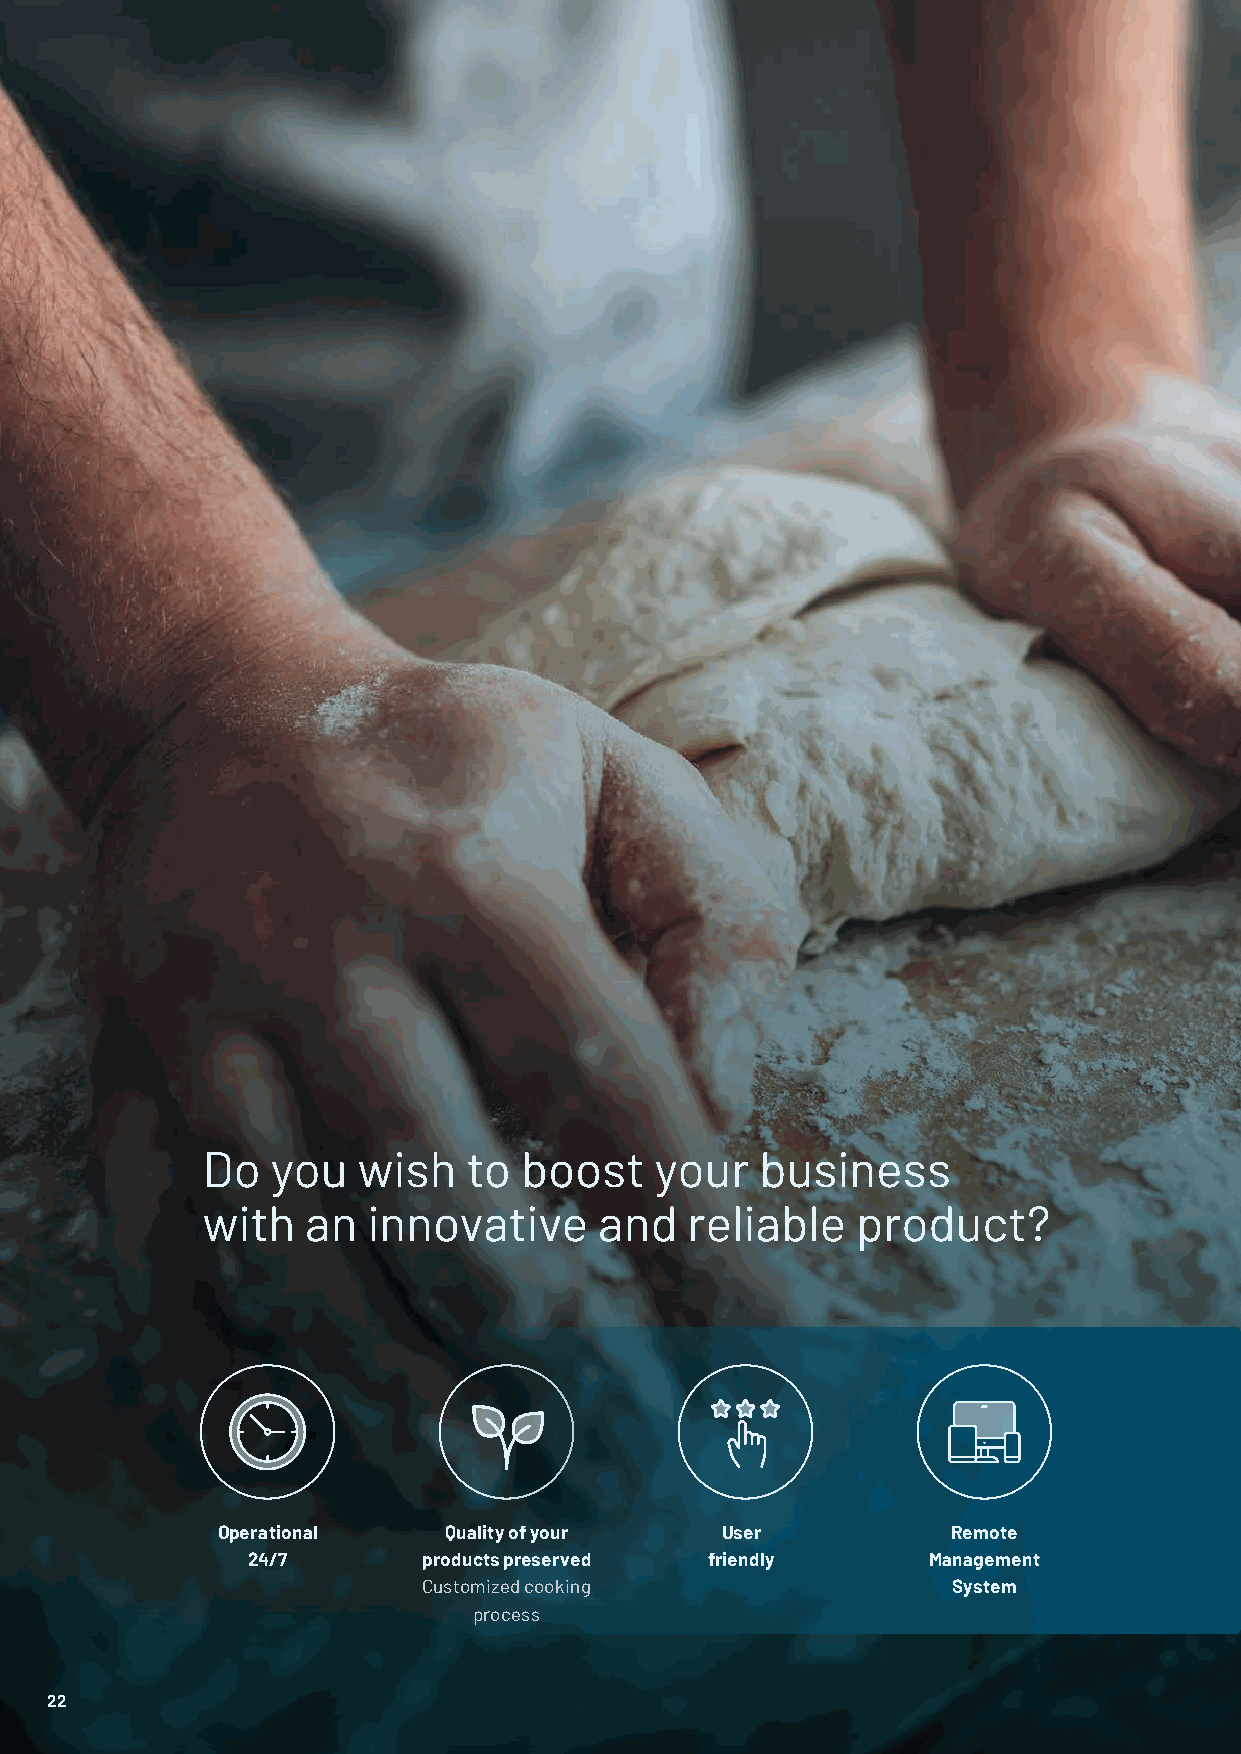
Do   you   wish   to boost    your   business
 with   an  innovative      and  reliable    product?
 Operational    Quality of your    User           Remote
 24/7        products preserved friendly      Management
 Customized cooking                 System
 process
 2222